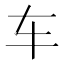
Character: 车